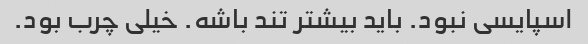
اسپایسی نبود. باید بیشتر تند باشه. خیلی چرب بود.